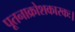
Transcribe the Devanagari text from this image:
पूतनाक्रोशकारकः।